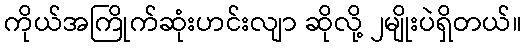
ကိုယ်အကြိုက်ဆုံးဟင်းလျာ ဆိုလို့ ၂မျိုးပဲရှိတယ်။